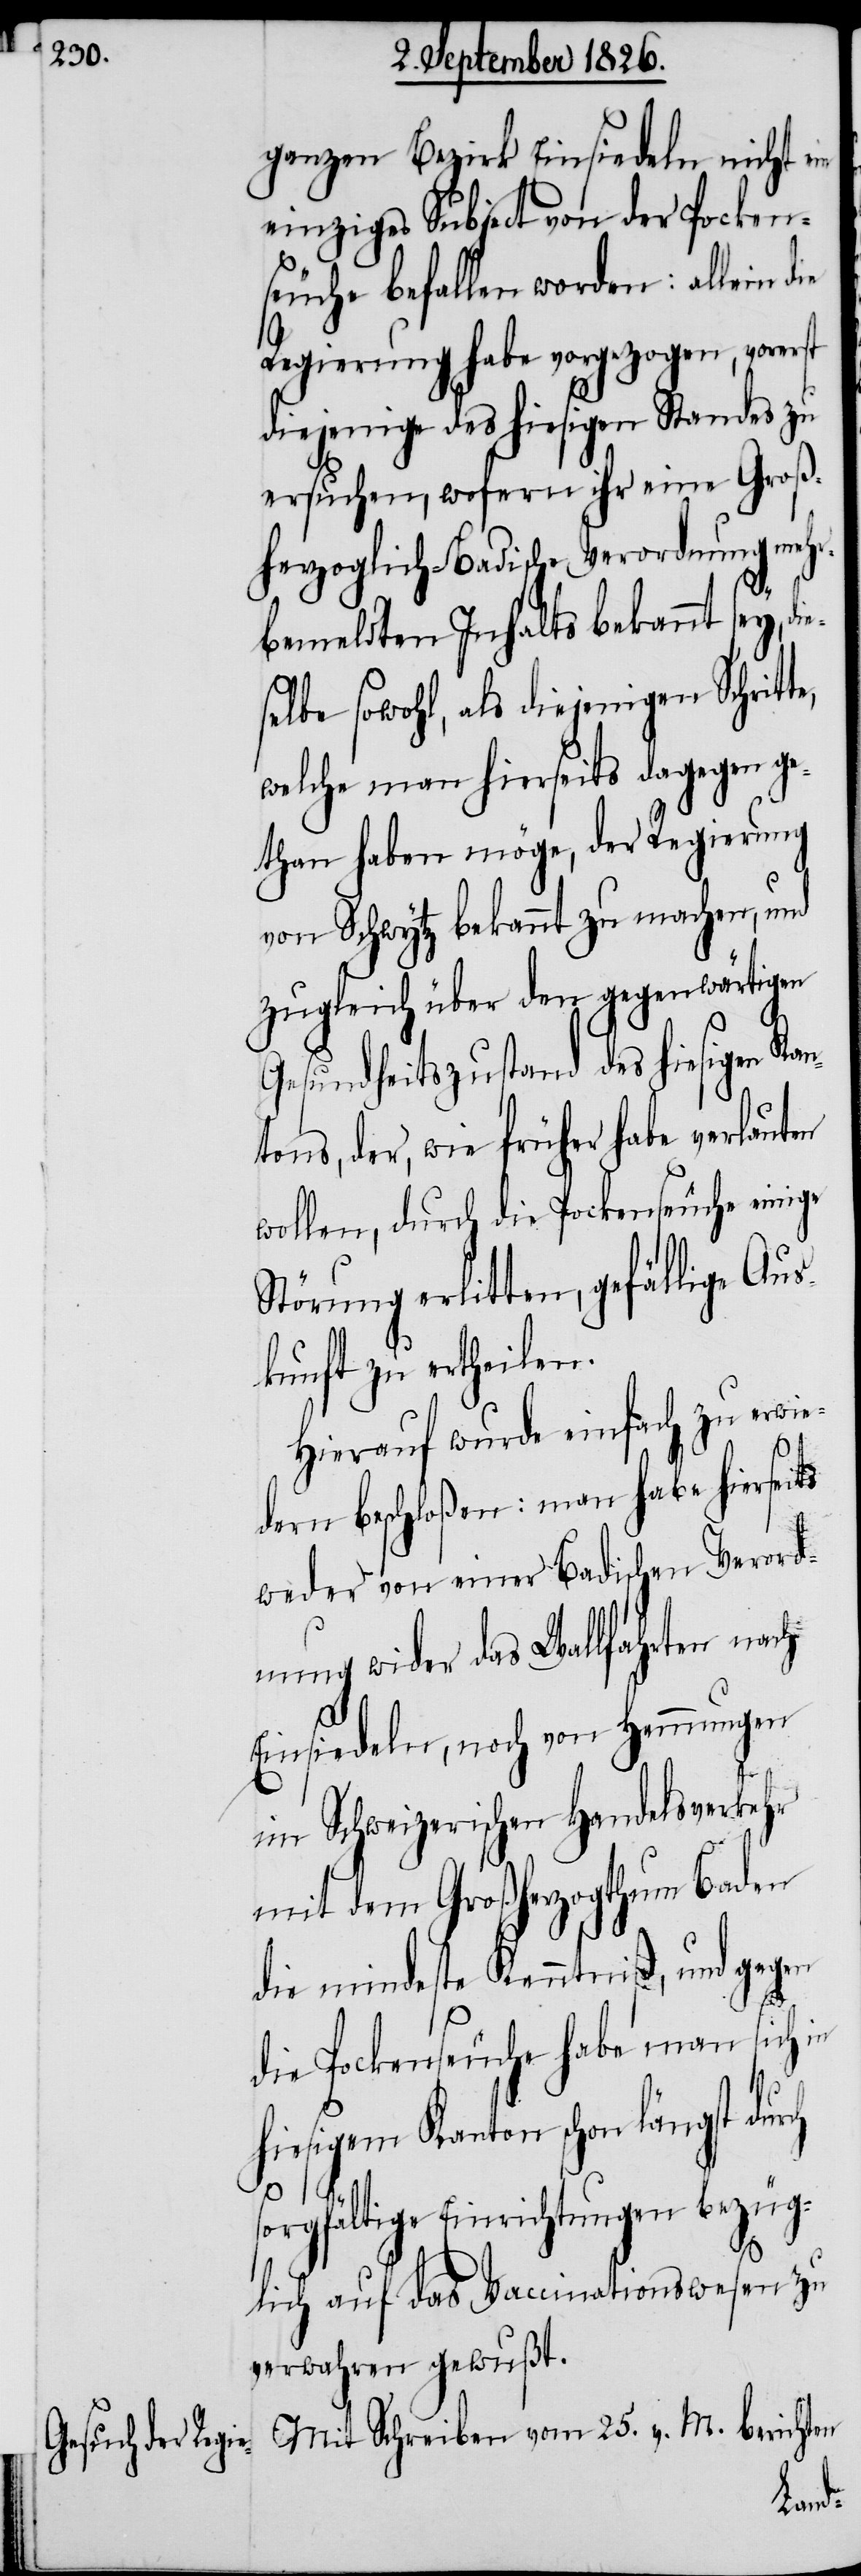
ganzen Bezirk Einsiedeln nicht
einziges Subject von der Pocken¬
seuche befallen worden: allein
Regierung habe vorgezogen, vorerst
diejenige des hiesigen Standes zu
ersuchen, wofern ihr eine Groß¬
herzoglich-Badische Verordnung mehr¬
bemeldten Inhalts bekannt sey, d¬
selbe sowohl, als diejenigen Schrit¬
welche man hierseits dagegen ge¬
than haben möge, der Regierung
von Schwytz bekannt zu machen, und
zugleich über den gegenwärtigen
Gesundheitszustand des hiesigen
tons, der, wie früher habe verlauten
wollen, durch die Pockenseuche einige
Störung erlitten, gefällige Aus¬
kunft zu ertheilen.
Hierauf wurde einfach zu erwie¬
ie¬
dern beschloßen: man habe hierseits
weder von einer Badischen Verord¬
nung wider das Wallfahrten nach
Einsiedeln, noch von Hemmungen
im Schweizerischen Handelsverkehr
mit dem Großherzogthum Baden
die mindeste Kenntniß, und gegen
die Pockenseuche habe man sich in
hiesigem Kanton schon längst durch
sorgfältige Einrichtungen bezüg¬
lich auf das Vaccinationswesen zu
verwahren gewußt.
Mit Schreiben vom 25. v. M. berichten
Kan¬